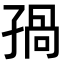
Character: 𡥾